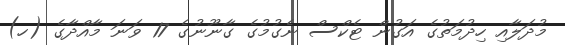
މުދަލާއި ހިދުމަތުގެ އަގުން ޓެކްސް ނެގުމުގެ ގާނޫނުގެ 17 ވަނަ މާއްދާގެ (ހ)